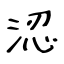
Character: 涊